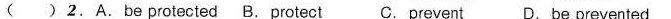
( )2.A.Be protected B. Protect C.Prevent D. Be prevented